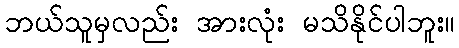
ဘယ်သူမှလည်း အားလုံး မသိနိုင်ပါဘူး။